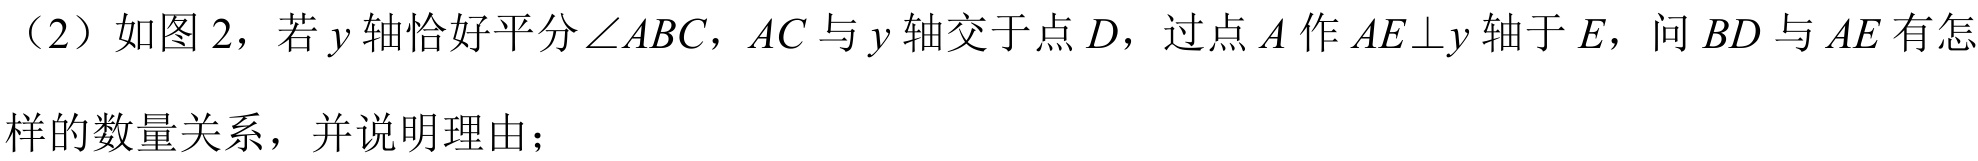
（2）如图2，若$y$轴恰好平分$\angle ABC$，$AC$与$y$轴交于点$D$，过点$A$作$AE\perp y$轴于$E$，问$BD$与$AE$有怎样的数量关系，并说明理由；